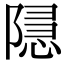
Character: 𮥚